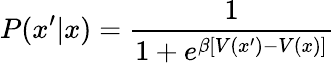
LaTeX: P(x^{\prime}|x)=\frac{1}{1+e^{\beta[V(x^{\prime})-V(x)]}}